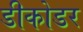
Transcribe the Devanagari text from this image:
डीकोडर